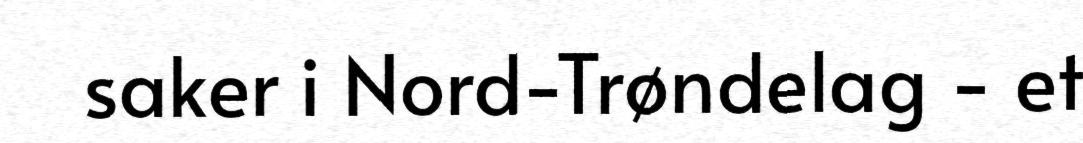
saker i Nord-Trøndelag - et